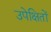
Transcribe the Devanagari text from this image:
उपेक्षितों